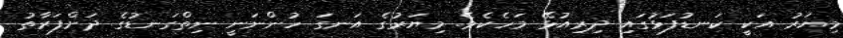
މިޔަރު އަކީ ކަނޑުފަޅުގައި ދިރިއުޅޭ މަހެކެވެ. މިޔަރުގެ އަނގަ ހުންނަނީ ނިތްގަނޑުގެ ދަށްފަރާތު